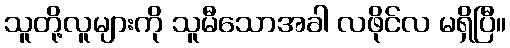
သူတို့လူများကို သူမီသောအခါ လဖိုင်လ မရှိပြီ။